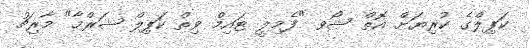
ކަޕިލްގެ ކުރިޔަށް އޮތް ޝޯވ "ފެމިލީ ޓައިމް ވިތް ކަޕިލް ޝަރްމާ" މާރިޗު